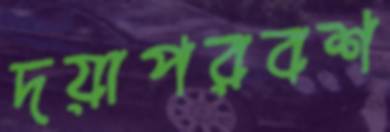
দয়াপরবশ